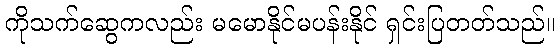
ကိုသက်ဆွေကလည်း မမောနိုင်မပန်းနိုင် ရှင်းပြတတ်သည်။